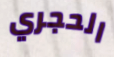
الحجري